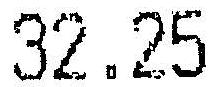
32.25